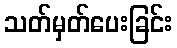
သတ်မှတ်ပေးခြင်း